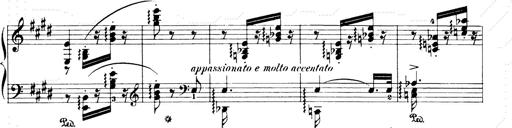
Title: Consolations and LiebestrÃ¤ume for the Piano
Composer: Franz Liszt